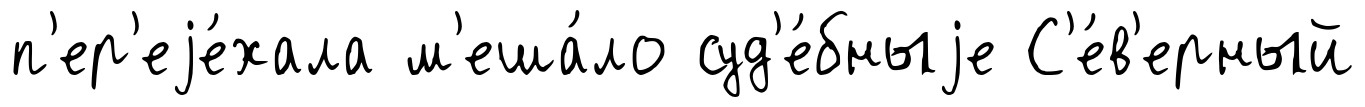
п'ер'еjе́хала м'еша́ло суд'е́бныjе С'е́в'ерный